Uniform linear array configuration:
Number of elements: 16
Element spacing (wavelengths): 0.75
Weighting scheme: hamming
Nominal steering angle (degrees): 0
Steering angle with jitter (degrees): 1.394
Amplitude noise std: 0.05
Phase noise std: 0.05

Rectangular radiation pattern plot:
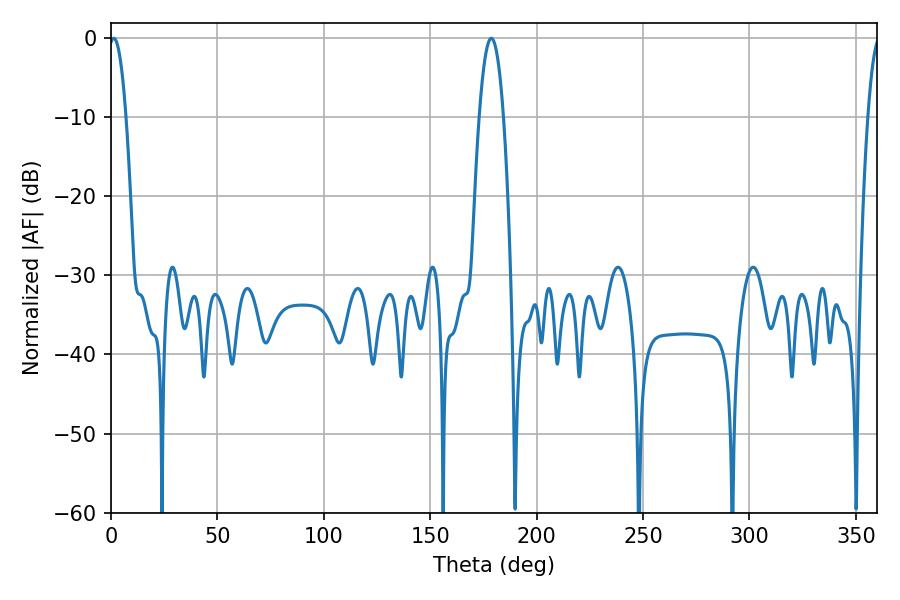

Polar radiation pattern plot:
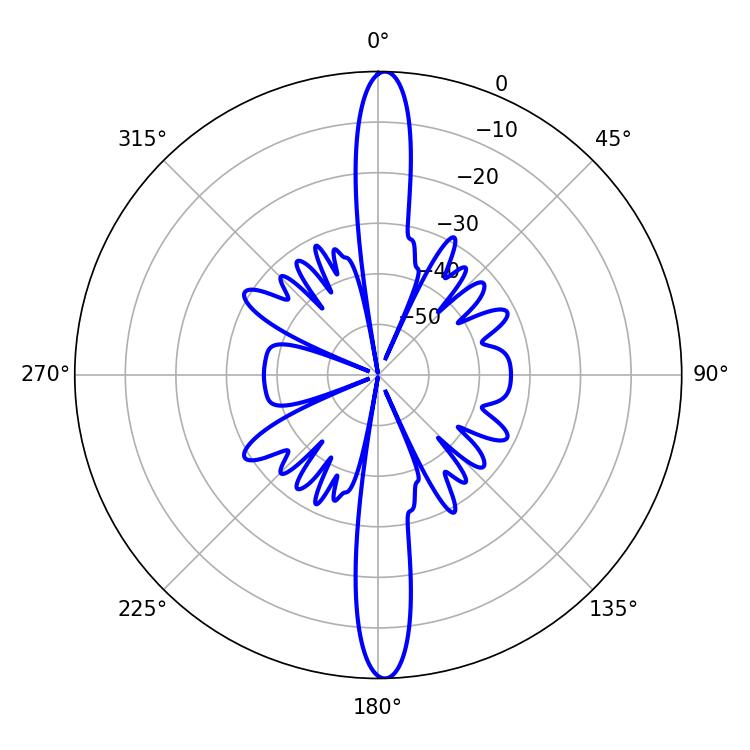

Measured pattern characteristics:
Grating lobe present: TRUE
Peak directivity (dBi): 25.617
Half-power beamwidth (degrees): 4.5
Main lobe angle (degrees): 1.26